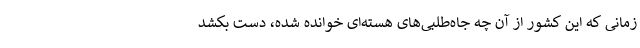
زمانی که این کشور از آن چه‌ جاه‌طلبی‌های هسته‌ای خوانده شده، دست بکشد